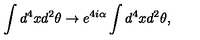
\int d ^ { 4 } x d ^ { 2 } \theta \to e ^ { 4 i \alpha } \int d ^ { 4 } x d ^ { 2 } \theta ,